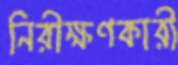
নিরীক্ষণকারী